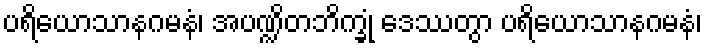
ပရိယောသာနဂမနံ၊ အပဏ္ဍိတဘိက္ခုံ ဒေဿတွာ ပရိယောသာနဂမနံ၊